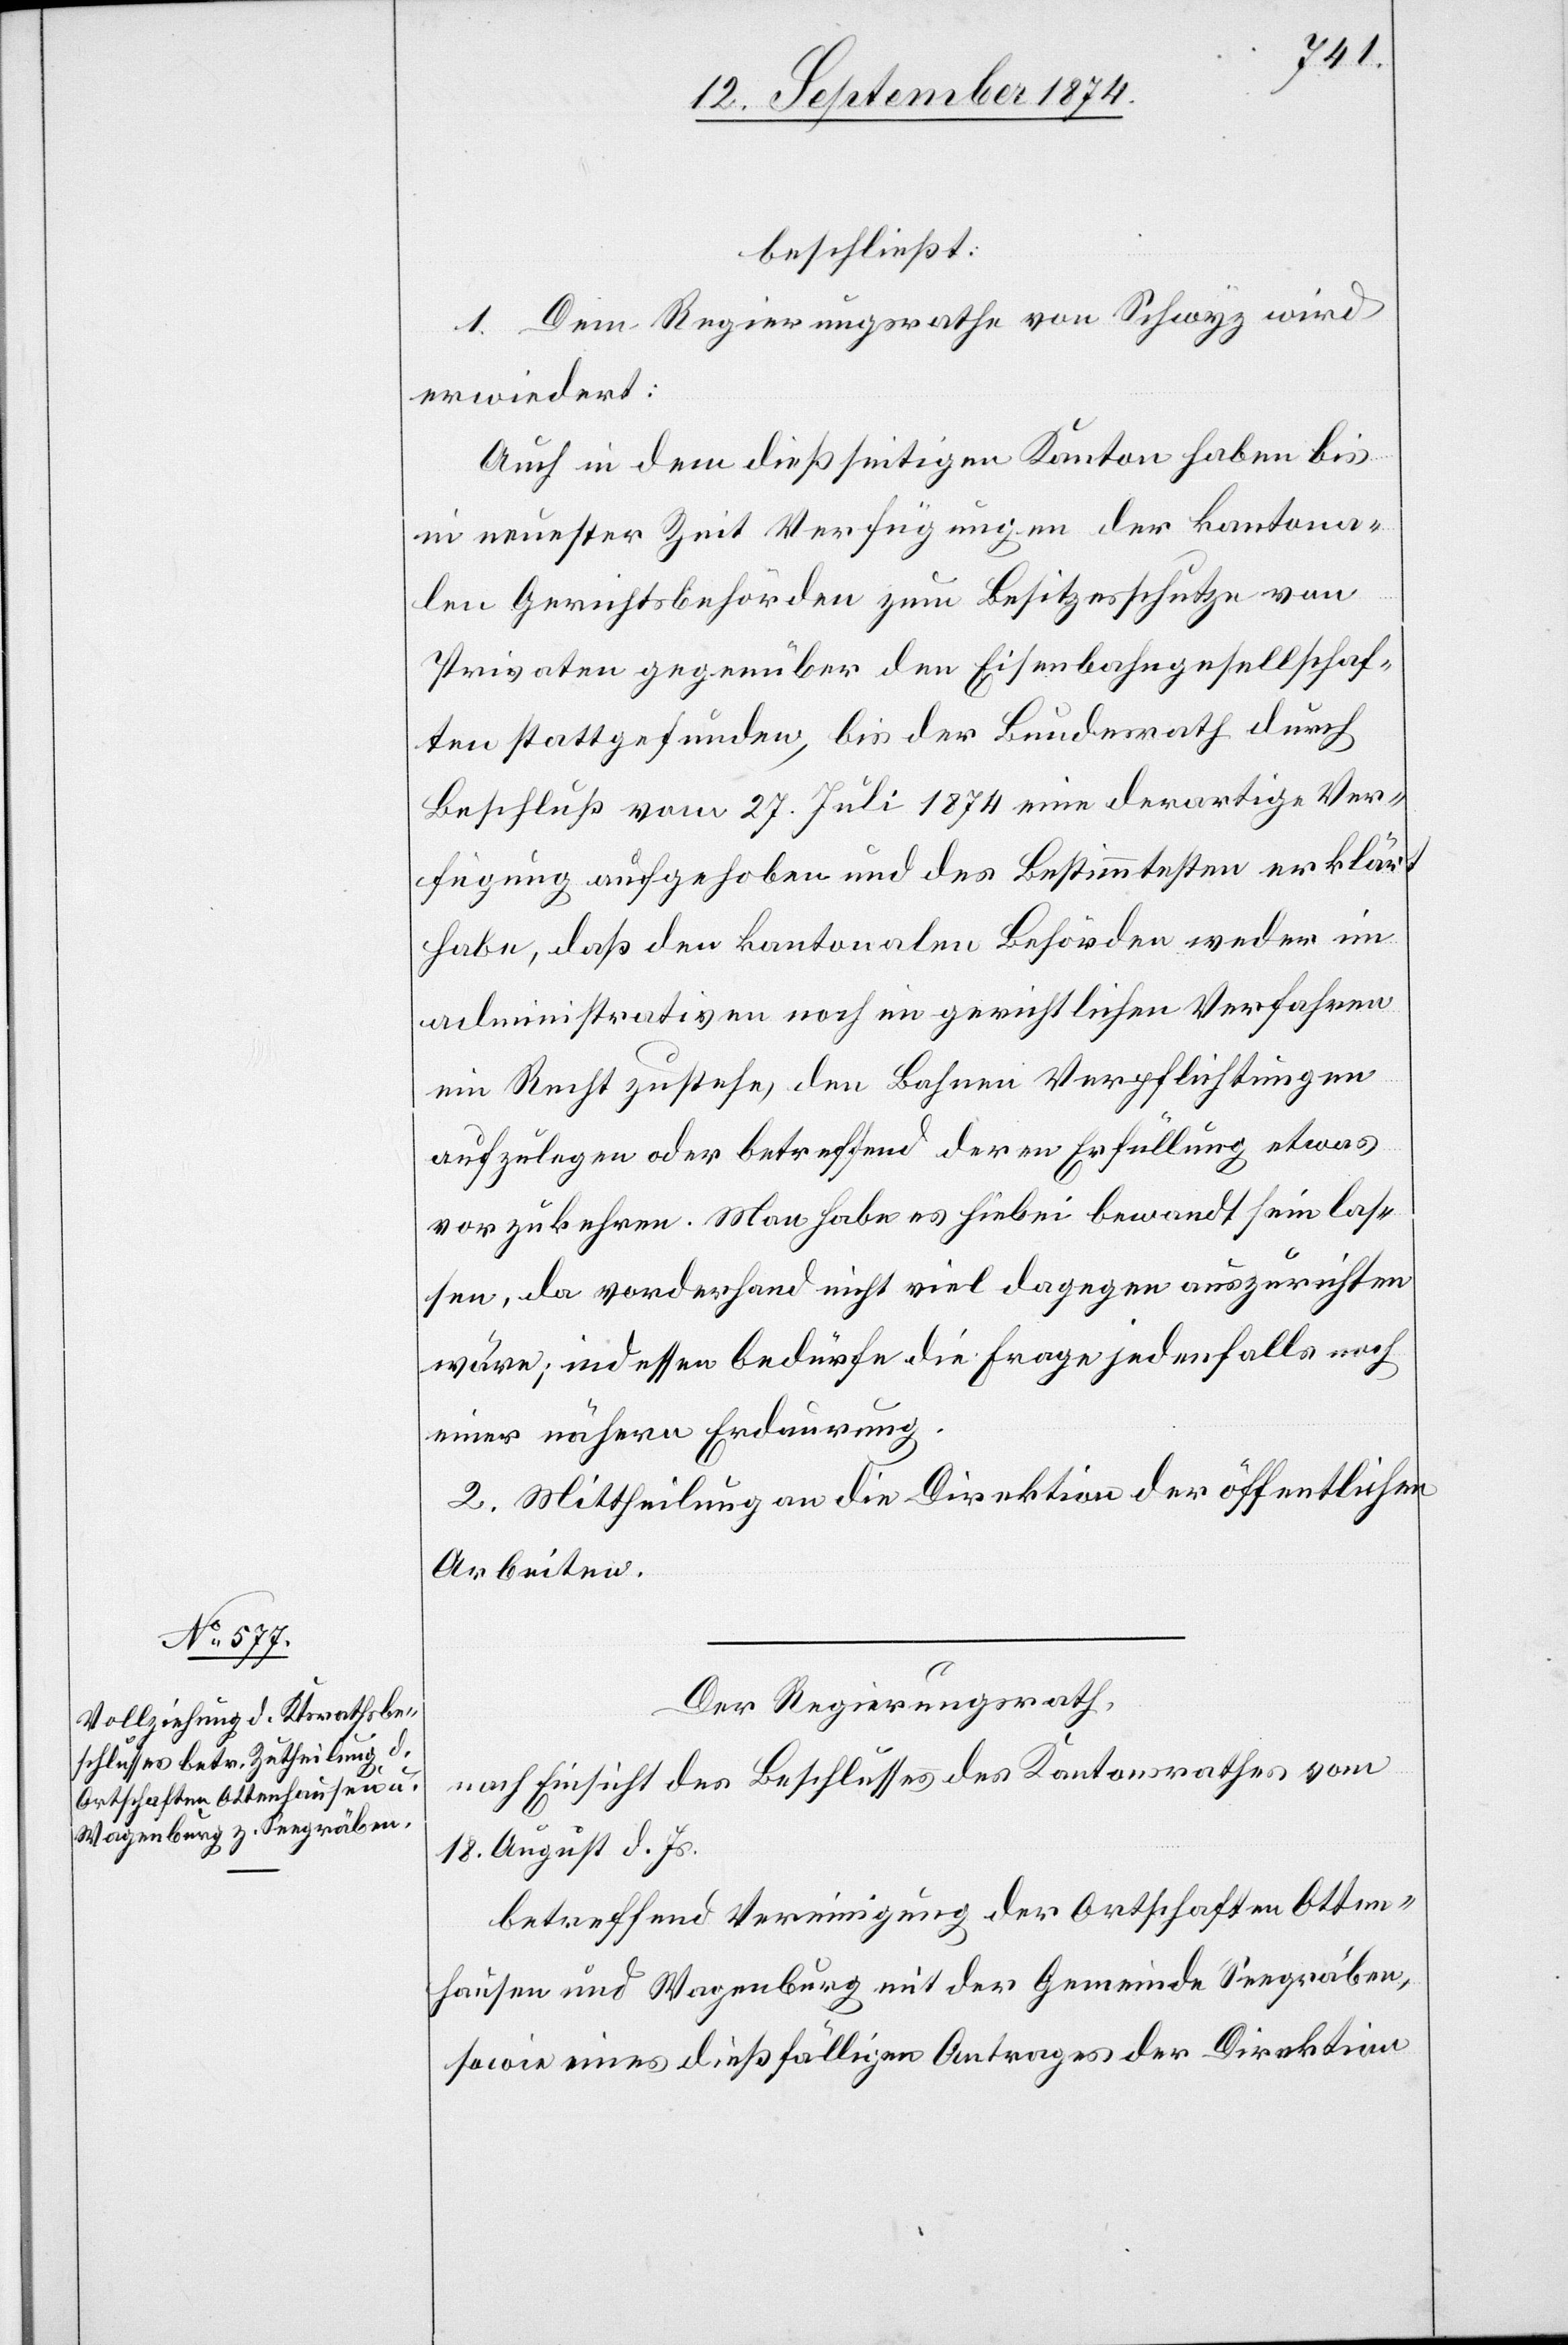
beschließt:
1. Dem Regierungsrathe von Schwyz wird
erwiedert:
Auch in dem dießseitigen Kanton haben bis
in neuester Zeit Verfügungen der kantona¬
len Gerichtsbehörden zum Besitzesschutze von
Privaten gegenüber den Eisenbahngesellschaf¬
ten stattgefunden, bis der Bundesrath durch
Beschluß vom 27. Juli 1874 eine derartige Ver¬
fügung aufgehoben und des Bestimmtesten erklärt
habe, daß den kantonalen Behörden weder im
administrativen noch in gerichtlichen Verfahren
ein Recht zustehe, den Bahnen Verpflichtungen
aufzulegen oder betreffend deren Erfüllung etwas
vorzukehren. Man habe es hiebei bewandt sein las¬
sen, da vorderhand nicht viel dagegen auszurichten
wäre; indessen bedürfe die Frage jedenfalls noch
einer nähern Erdaurung.
2. Mittheilung an die Direktion der öffentlichen
Arbeiten.
Der Regierungsrath,
nach Einsicht eines Beschlusses des Kantonsrathes vom
18. August d. Js.
betreffend Vereinigung der Ortschaften Otten¬
hausen und Wagenburg mit der Gemeinde Seegräben,
sowie eines dießfälligen Antrages der Direktion